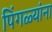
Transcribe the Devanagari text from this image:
पिंगळ्यांना